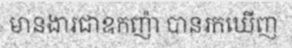
មានងារជាឧកញ៉ា បានរកឃើញ